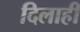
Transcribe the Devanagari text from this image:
दिलाही